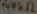
Text: 147KΩ